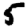
Digit: 5